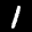
Label: 1